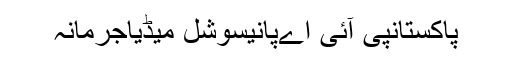
پاکستانپی آئی اےپانیسوشل میڈیاجرمانہ